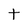
Character: t